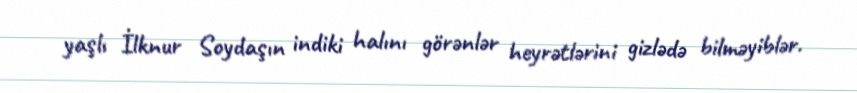
yaşlı İlknur Soydaşın indiki halını görənlər heyrətlərini gizlədə bilməyiblər.